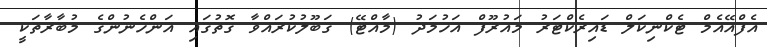
އެފްއޭއެމް ޓެކްނިކަލް ޑައިރެކްޓަރު މައުރޫފް އަހުމަދު (މާއްޓޭ) ގަބޫލުކުރައްވާ ގޮތުގައި އަންހެނުންގެ މުބާރާތަކީ